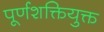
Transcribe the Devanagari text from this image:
पूर्णशक्तियुक्त